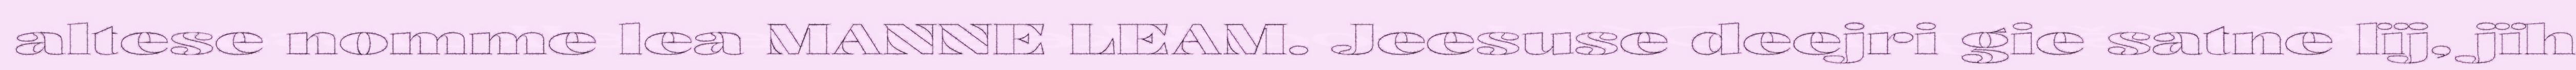
altese nomme lea MANNE LEAM. Jeesuse deejri gie satne lïj, jïh